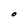
Character: O